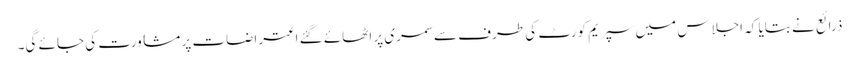
ذرائع نے بتایا کہ اجلاس میں سپریم کورٹ کی طرف سے سمری پر اٹھائے گئے اعتراضات پر مشاورت کی جائے گی۔